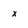
Character: x